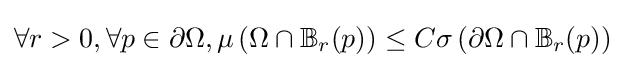
\forall r>0,\forall p\in \partial \Omega ,\mu \left(\Omega \cap \mathbb {B} _{r}(p)\right)\leq C\sigma \left(\partial \Omega \cap \mathbb {B} _{r}(p)\right)